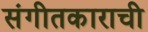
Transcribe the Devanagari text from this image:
संगीतकाराची